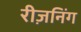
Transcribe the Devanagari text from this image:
रीज़निंग